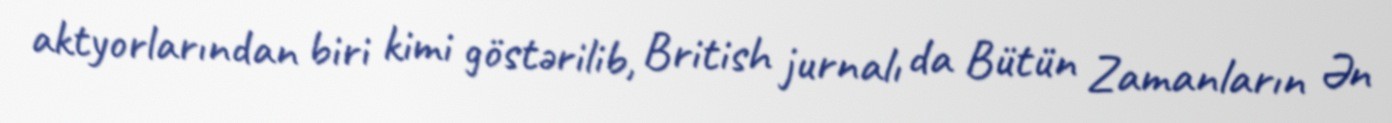
aktyorlarından biri kimi göstərilib, British jurnalı da Bütün Zamanların Ən